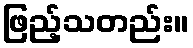
ဖြည့်သတည်း။